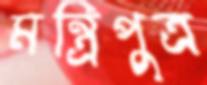
মন্ত্রিপুত্র